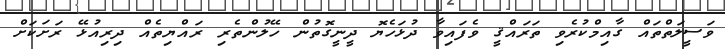
ވަސީލަތްތައް ގާއިމްކުރެވި ތަރައްޤީ ވެފައިވާ ދުޅަހެޔޮ ދީނީގޮތުން ހޭލުންތެރި ރައްޔިތެއް ދިރިއުޅޭ ރަށަކަށް